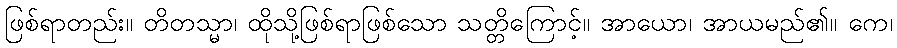
ဖြစ်ရာတည်း။ တိတသ္မာ၊ ထိုသို့ဖြစ်ရာဖြစ်သော သတ္တိကြောင့်။ အာယော၊ အာယမည်၏။ ကေ၊